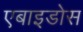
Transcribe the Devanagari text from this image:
एबाइडोस